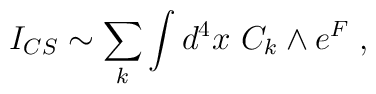
I_{CS} \sim \sum_k \int d^4 x ~ C_k \wedge e^{F}\;,